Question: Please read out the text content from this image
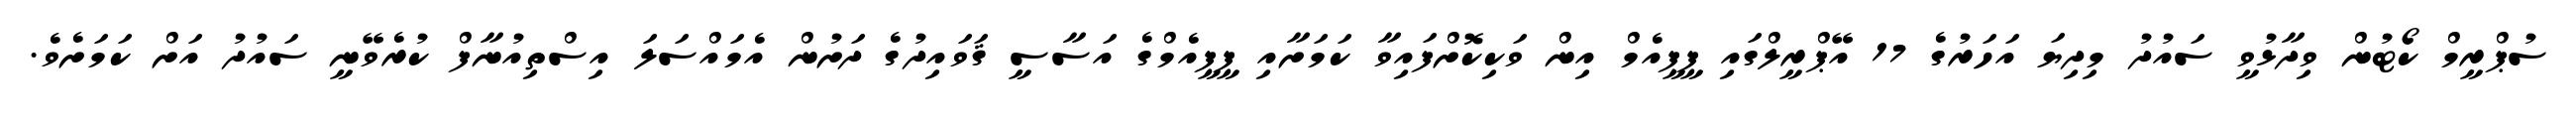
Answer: ސުޕްރީމް ކޯޓުން ވިދާޅުވީ ސައުދު މިދިޔަ އަހަރުގެ 17 އޭޕްރީލްގައި ޕީޕީއެމް އިން ވަކިކޮށްފައިވާ ކަމަށާއި ޕީޕީއެމްގެ އަސާސީ ޤަވައިދުގެ ދަށުން އެމައްސަލަ އިސްތިއުނާފް ކުރެވޭނީ ސައުދު އަށް ކަމަށެވެ.